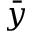
\bar { y }